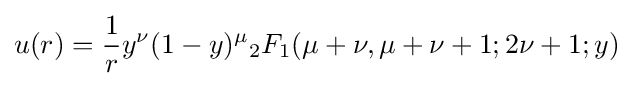
u(r)={\frac {1}{r}}y^{\nu }(1-y)^{\mu }{}_{2}F_{1}(\mu +\nu ,\mu +\nu +1;2\nu +1;y)